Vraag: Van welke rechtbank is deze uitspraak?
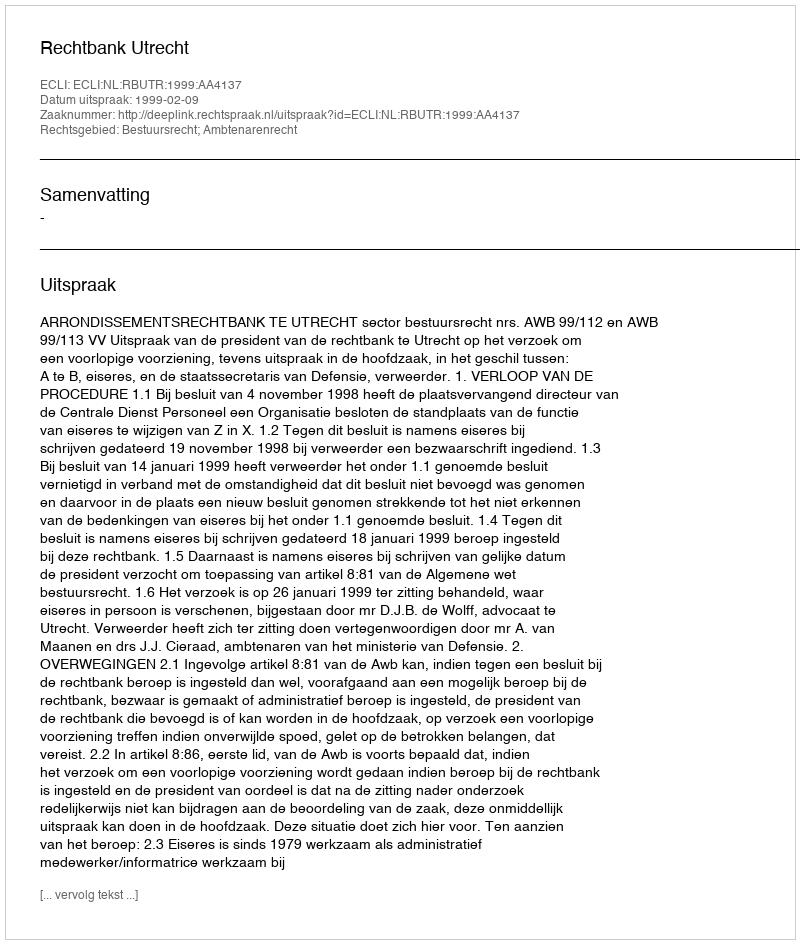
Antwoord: Rechtbank Utrecht